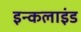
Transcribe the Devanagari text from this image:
इन्कलाइंड